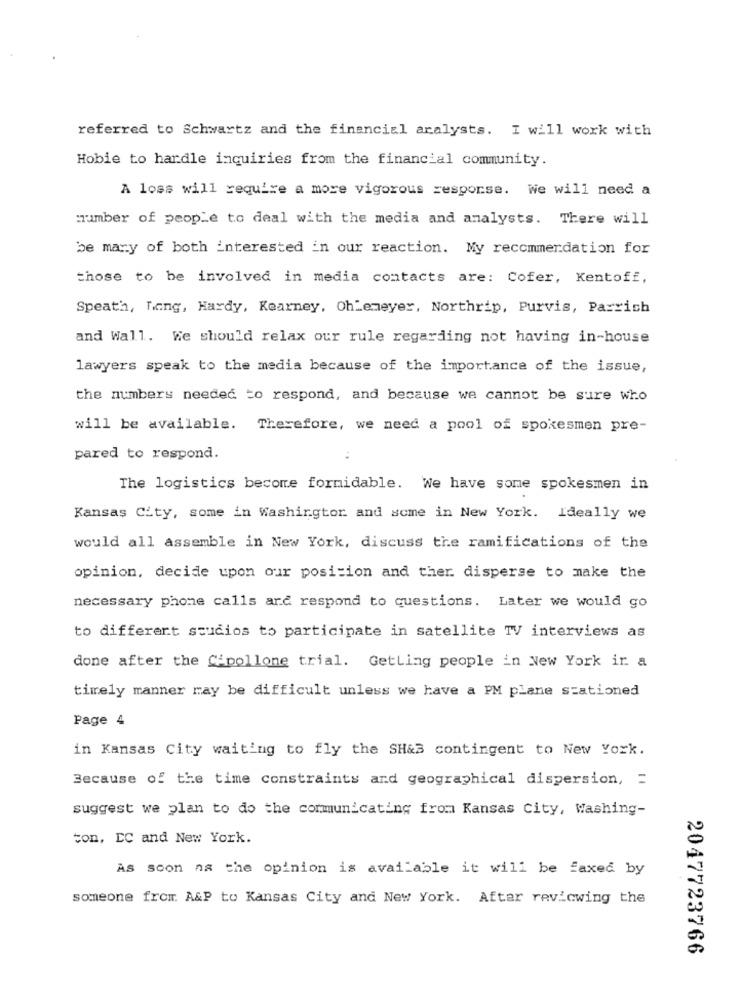
referred to Schwartz and the financial analysts. I will work with
Hobie to hardle inquiries from the financial community.
A loss will require a more vigorous response. We will need a
number of people to deal with the media and analysts. There will
be mary of both interested in our reaction. My recommendation for
chose to be involved in media contacts are: Cofer, Kentoff,
Speath, Tong, Hardy, Kearney, Oh emeyer, Northrip, Purvis, Parrish
and Wall. We should relax our rule regarding not having in-house
lawyers speak to the media because of the importance of the issue,
the numbers needed to respond, and because we cannot be sure who
will be available. Therefore, we need a pool of spokesmen pre-
pared to respond.
The logistics become formidable. We have some spokesmen in
Kansas City, some in Washingtor and some in New York. Ideally we
would all assemble in New York, discuss the ramifications of the
opinion, decide upon our position and ther disperse to make the
necessary phone calls ard respond to questions. Later we would go
to different studios to participate in satellite TV interviews as
done after the Cipollone trial. GetLing people in New York ir a
timely manner may be difficult unless we have a PM plane stationed
Page 4
in Kansas City waiting to fly the SH&B contingent to New York.
Because of the time constraints and geographical dispersion, =
suggest we plan to do the communicating from Kansas City, Washing-
ton, EC and New York.
As soon na the opinion is available it will be faxed by
someone from. A&P to Kansas City and New York. After reviewing the
2047723766